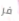
فر